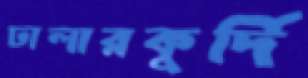
ঢালারকুর্দি